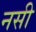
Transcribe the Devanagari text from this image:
नसी